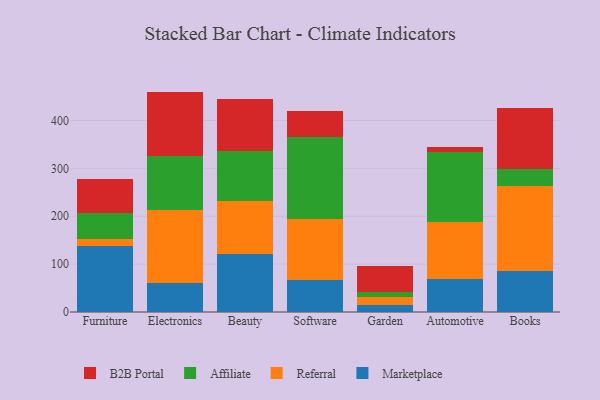
{"axis": {"x": "Category", "y": "Production Output"}, "legend": ["Affiliate", "B2B Portal", "Marketplace", "Referral"], "data": [{"x": "Furniture", "y": 137.7, "type": "Marketplace"}, {"x": "Furniture", "y": 14.1, "type": "Referral"}, {"x": "Furniture", "y": 54.6, "type": "Affiliate"}, {"x": "Furniture", "y": 70.5, "type": "B2B Portal"}, {"x": "Electronics", "y": 60.3, "type": "Marketplace"}, {"x": "Electronics", "y": 151.9, "type": "Referral"}, {"x": "Electronics", "y": 113.8, "type": "Affiliate"}, {"x": "Electronics", "y": 134.2, "type": "B2B Portal"}, {"x": "Beauty", "y": 121.9, "type": "Marketplace"}, {"x": "Beauty", "y": 110.6, "type": "Referral"}, {"x": "Beauty", "y": 103.6, "type": "Affiliate"}, {"x": "Beauty", "y": 107.9, "type": "B2B Portal"}, {"x": "Software", "y": 66.9, "type": "Marketplace"}, {"x": "Software", "y": 126.7, "type": "Referral"}, {"x": "Software", "y": 172.4, "type": "Affiliate"}, {"x": "Software", "y": 54.5, "type": "B2B Portal"}, {"x": "Garden", "y": 15.0, "type": "Marketplace"}, {"x": "Garden", "y": 16.8, "type": "Referral"}, {"x": "Garden", "y": 10.6, "type": "Affiliate"}, {"x": "Garden", "y": 54.4, "type": "B2B Portal"}, {"x": "Automotive", "y": 69.2, "type": "Marketplace"}, {"x": "Automotive", "y": 118.8, "type": "Referral"}, {"x": "Automotive", "y": 146.7, "type": "Affiliate"}, {"x": "Automotive", "y": 9.9, "type": "B2B Portal"}, {"x": "Books", "y": 85.6, "type": "Marketplace"}, {"x": "Books", "y": 177.8, "type": "Referral"}, {"x": "Books", "y": 35.9, "type": "Affiliate"}, {"x": "Books", "y": 126.2, "type": "B2B Portal"}]}